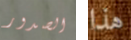
الصدور هذا